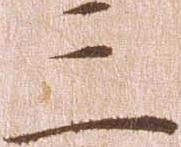
三